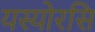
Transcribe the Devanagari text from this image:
यस्योरसि